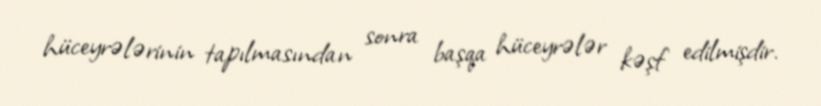
hüceyrələrinin tapılmasından sonra başqa hüceyrələr kəşf edilmişdir.